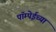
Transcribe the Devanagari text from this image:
पॉम्पेईच्या